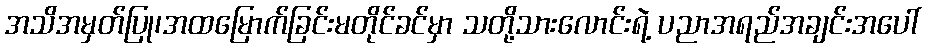
အသိအမှတ်ပြု၊အထမြောက်ခြင်းမတိုင်ခင်မှာ သတို့သားလောင်းရဲ့ ပညာအရည်အချင်းအပေါ်